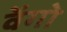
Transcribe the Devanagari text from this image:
वेंगो